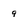
Character: 9